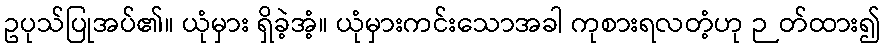
ဥပုသ်ပြုအပ်၏။ ယုံမှား ရှိခဲ့အံ့။ ယုံမှားကင်းသောအခါ ကုစားရလတံ့ဟု ဉတ်ထား၍